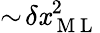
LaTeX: \sim\! \delta\mathit{x}_{\mathrm{{~M~L~}}}^{2}